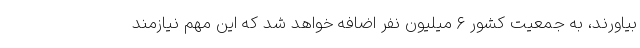
بیاورند، به جمعیت کشور ۶ میلیون نفر اضافه خواهد شد که این مهم نیازمند